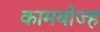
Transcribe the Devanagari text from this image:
कामबोज्ह